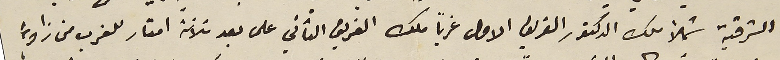
الشرقية شملاً ملك الدكتور الفريق الاول غرباً ملك الفريق الثاني على بعد ثلاثة امتار للغرب من زاوية